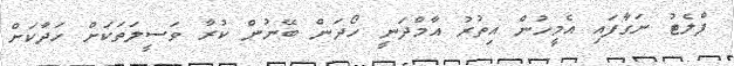
ފްލެޓު ނަގާފައި އެމީހުން އިތުރު އާމްދަނީ ހޯދަން ބޭނުން ކުރާ ވަސީލަތަކަށް ހަދާކަށް